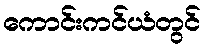
ကောင်းကင်ယံတွင်